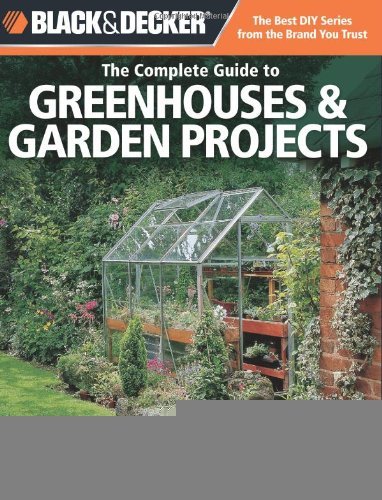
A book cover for Black & Decker The Complete Guide to Greenhouses & Garden Projects: Greenhouses, Cold Frames, Compost Bins, Trellises, Planting Beds, Potting Benches & More (Black & Decker Complete Guide) [Paperback] [2011] (Author) Philip Schmidt; Crafts, Hobbies & Home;